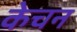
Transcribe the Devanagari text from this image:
केचन